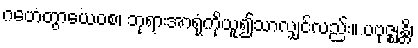
ဂဟေတွာယေဝစ၊ ဘုရားအာရုံကိုယူ၍သာလျှင်လည်း။ ပဗုဇ္ဈန္တိ၊